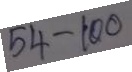
54 - 100